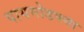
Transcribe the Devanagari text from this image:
पायमोडक्या